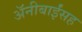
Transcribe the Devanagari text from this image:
अॅनीबाईंसह